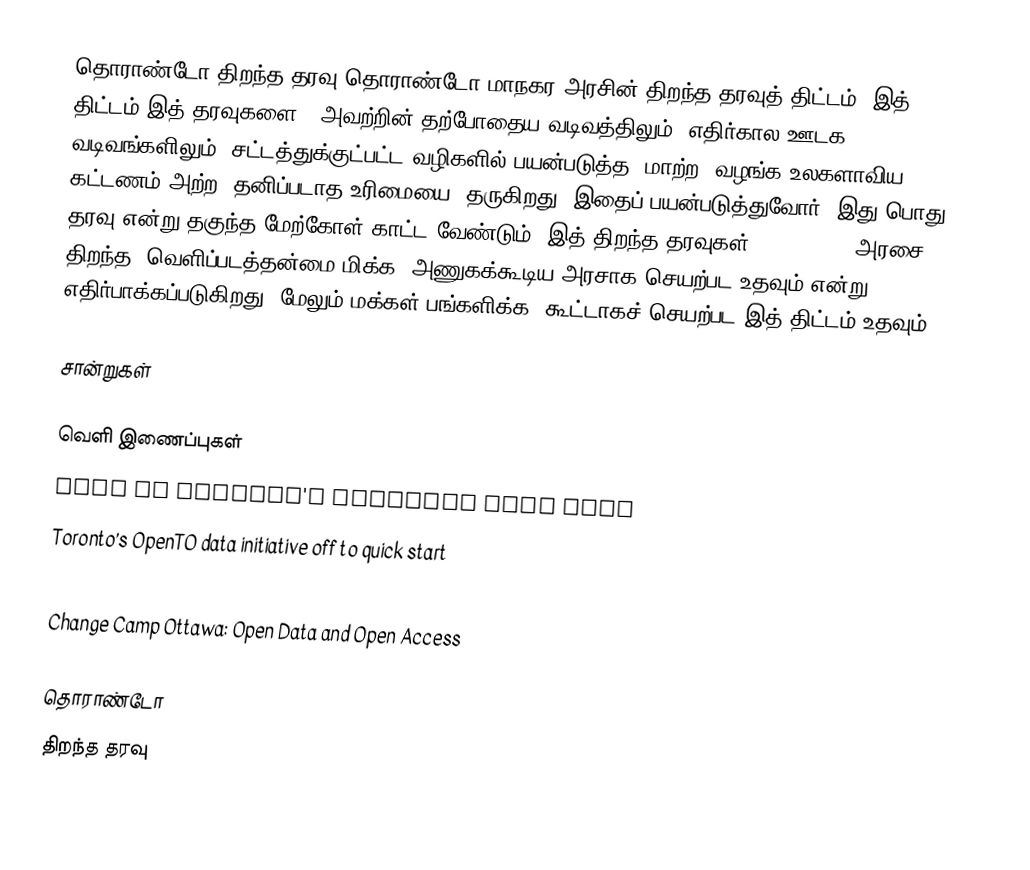
தொராண்டோ திறந்த தரவு தொராண்டோ மாநகர அரசின் திறந்த தரவுத் திட்டம்.  இத் திட்டம் இத் தரவுகளை, "அவற்றின் தற்போதைய வடிவத்திலும், எதிர்கால ஊடக வடிவங்களிலும், சட்டத்துக்குட்பட்ட வழிகளில் பயன்படுத்த, மாற்ற, வழங்க உலகளாவிய, கட்டணம் அற்ற, தனிப்படாத உரிமையை" தருகிறது.  இதைப் பயன்படுத்துவோர், இது பொது தரவு என்று தகுந்த மேற்கோள் காட்ட வேண்டும்.  இத் திறந்த தரவுகள் (Open Data) அரசை திறந்த, வெளிப்படத்தன்மை மிக்க, அணுகக்கூடிய அரசாக செயற்பட உதவும் என்று எதிர்பாக்கப்படுகிறது.  மேலும் மக்கள் பங்களிக்க, கூட்டாகச் செயற்பட இத் திட்டம் உதவும்.

சான்றுகள்

வெளி இணைப்புகள்
 City of Toronto's official Open Data
 Toronto’s OpenTO data initiative off to quick start
 datato.org
 Change Camp Ottawa: Open Data and Open Access

தொராண்டோ
திறந்த தரவு